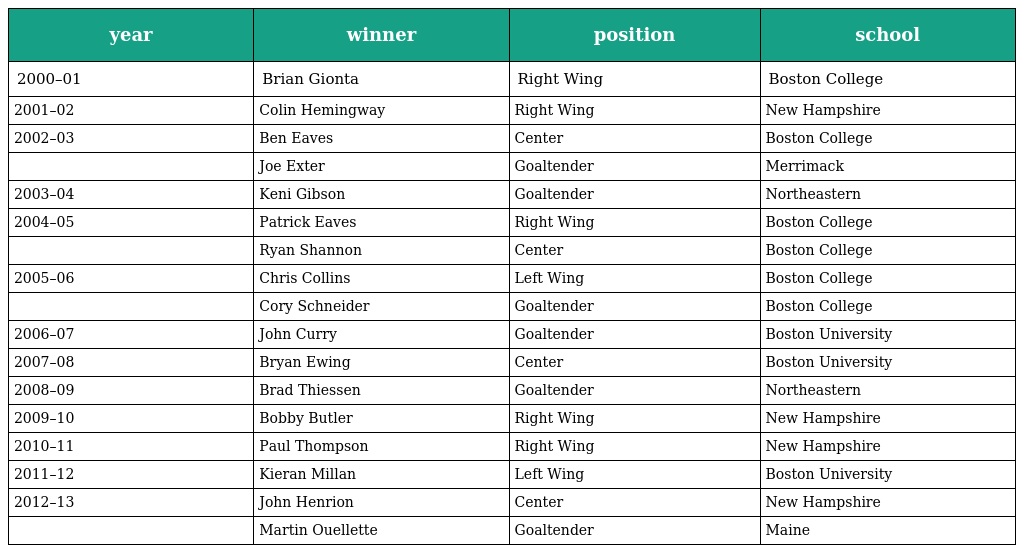
| year | winner | position | school |
 | --- | --- | --- | --- |
 | 2000–01 | Brian Gionta | Right Wing | Boston College |
 | 2001–02 | Colin Hemingway | Right Wing | New Hampshire |
 | 2002–03 | Ben Eaves | Center | Boston College |
 |  | Joe Exter | Goaltender | Merrimack |
 | 2003–04 | Keni Gibson | Goaltender | Northeastern |
 | 2004–05 | Patrick Eaves | Right Wing | Boston College |
 |  | Ryan Shannon | Center | Boston College |
 | 2005–06 | Chris Collins | Left Wing | Boston College |
 |  | Cory Schneider | Goaltender | Boston College |
 | 2006–07 | John Curry | Goaltender | Boston University |
 | 2007–08 | Bryan Ewing | Center | Boston University |
 | 2008–09 | Brad Thiessen | Goaltender | Northeastern |
 | 2009–10 | Bobby Butler | Right Wing | New Hampshire |
 | 2010–11 | Paul Thompson | Right Wing | New Hampshire |
 | 2011–12 | Kieran Millan | Left Wing | Boston University |
 | 2012–13 | John Henrion | Center | New Hampshire |
 |  | Martin Ouellette | Goaltender | Maine |